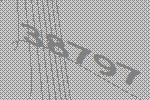
38797